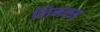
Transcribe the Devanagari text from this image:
लिनक्‍स